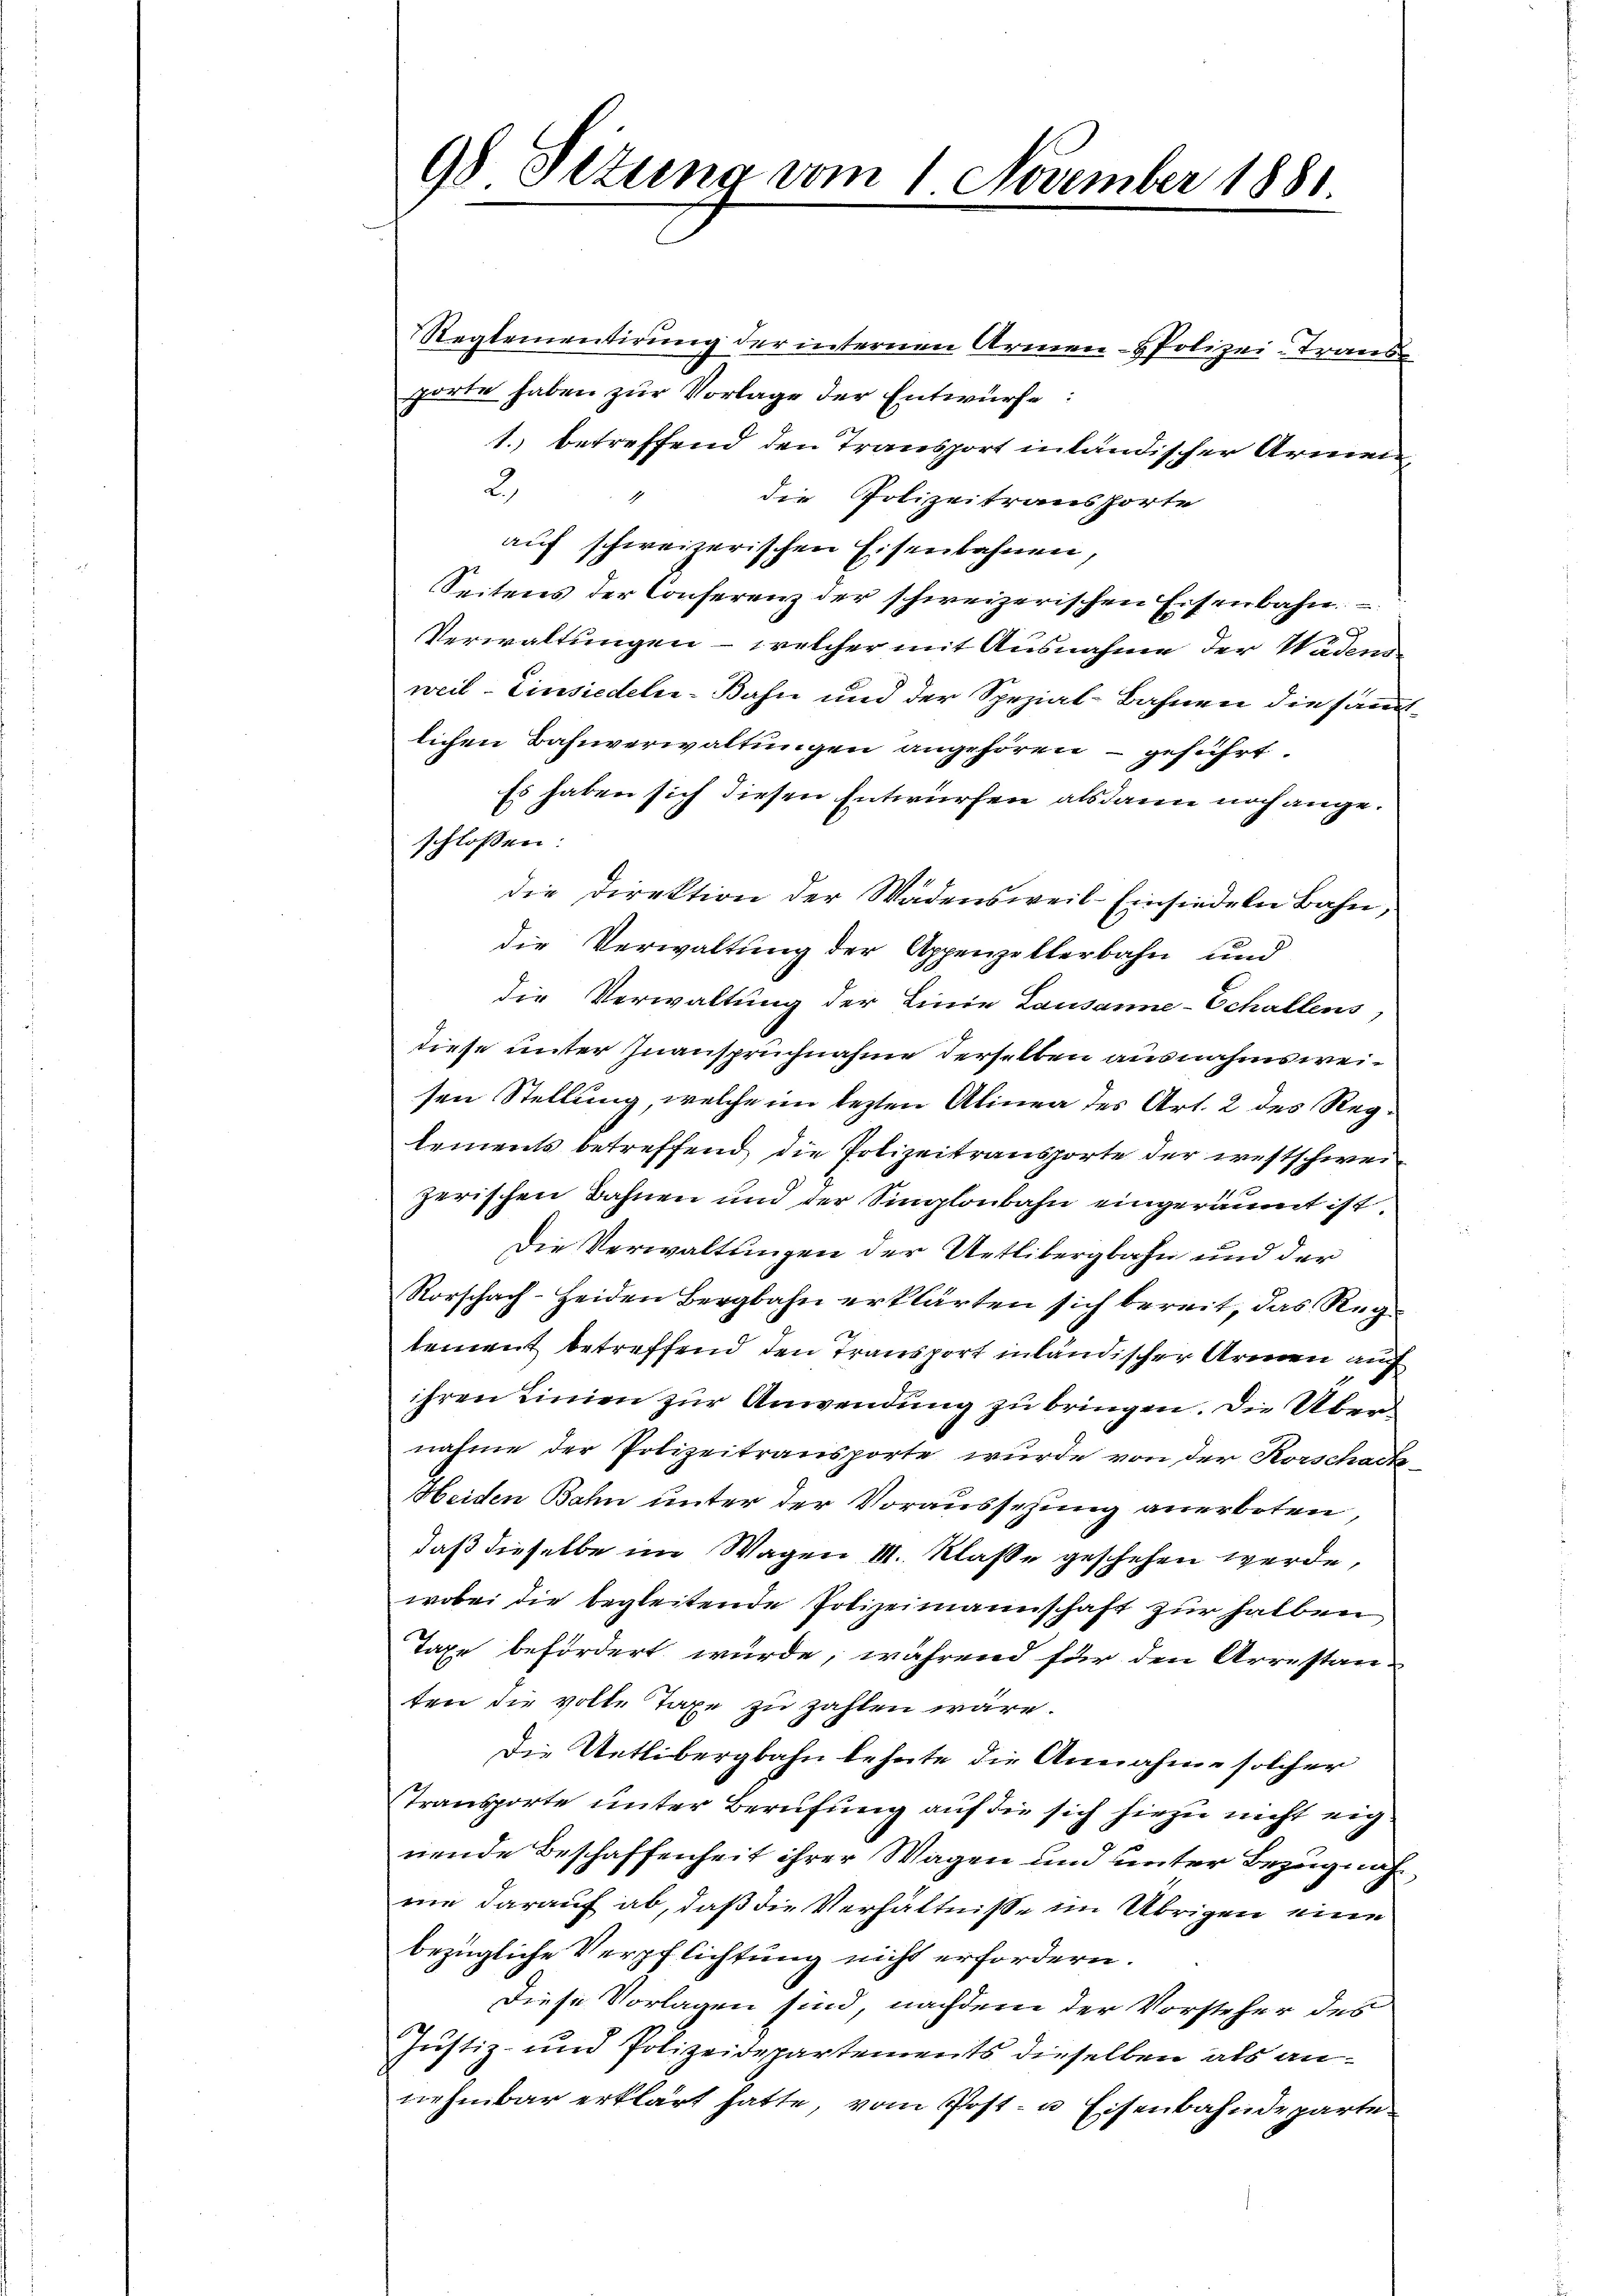
98 Setung vom 1 November 1881

Reglementirung der internen Armen- Polizei-Trans
porte haben zur Vorlage der Entwürfe:
1. betreffend den Transport inländischer Armen,
2
die Polizeitransporte
1
auf schweizerischen Eisenbahnen,
Seitens der Conferenz der schweizerischen Eisenbahn
Verwaltungen - welcher mit Ausnahme der Wädens
weil - Einsiedeln-Bahn und der Spezial-Bahnen die sämlichen Bahnverwaltungen angehören - geführt.
Es haben sich diesen Entwürfen alsdann noch angeschlossen:
die Direktion der Wadensweil–Einsiedeln Bahn,
die Verwaltung der Appenzellerbahn und
die Verwaltung der Linie Lausanne-Schallens,
diese unter Inanspruchnahme derselben ausnahmsweisen Stellung, welche im lezten Alinea des Art. 2 des Reglements betreffend die Polizeitransporte der westschweizerischen Bahnen und der Singloubahn eingeräumt ist.
Die Verwaltungen der Uetlibergbahn und der
Rorschach-Heiden Bergbahn erklärten sich bereit, das Regx
lement betreffend den Transport inländischer Armen auf
ihren Linien zur Anwendung zu bringen. Die Übernahme der Polizeitransporte wurde von der Korschade
Heiden Bahn unter der Voraussehung anerboten,
daß dieselbe im Wagen M. Klasse geschehen werde,
wobei die begleitende Polizeimannschaft zur halben
Taxe befördert wurde, während für den Arrestan-
ten die volle Taxe zu zahlen wäre.
Die Uetlibergbahn lehnte die Annahme solcher
Transporte unter Berufung auf die sich hiezu nicht eignende Beschaffenheit ihrer Wagen und unter Bezugnahne darauf ab, daß die Verhältnisse im Übrigen eine
bezügliche Verpflichtung nicht erfordern.
Diese Vorlagen sind, nachdem der Vorsteher des
Justiz- und Polizeidepartements dieselben als annehmbar erklärt hatte, vom Post- u Eisenbahndeparte